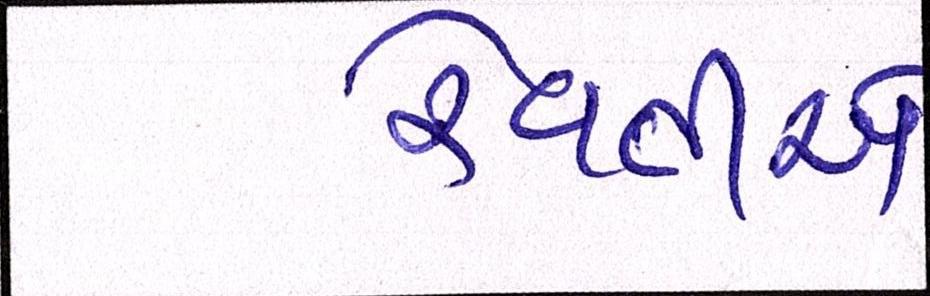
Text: રેવતીએ